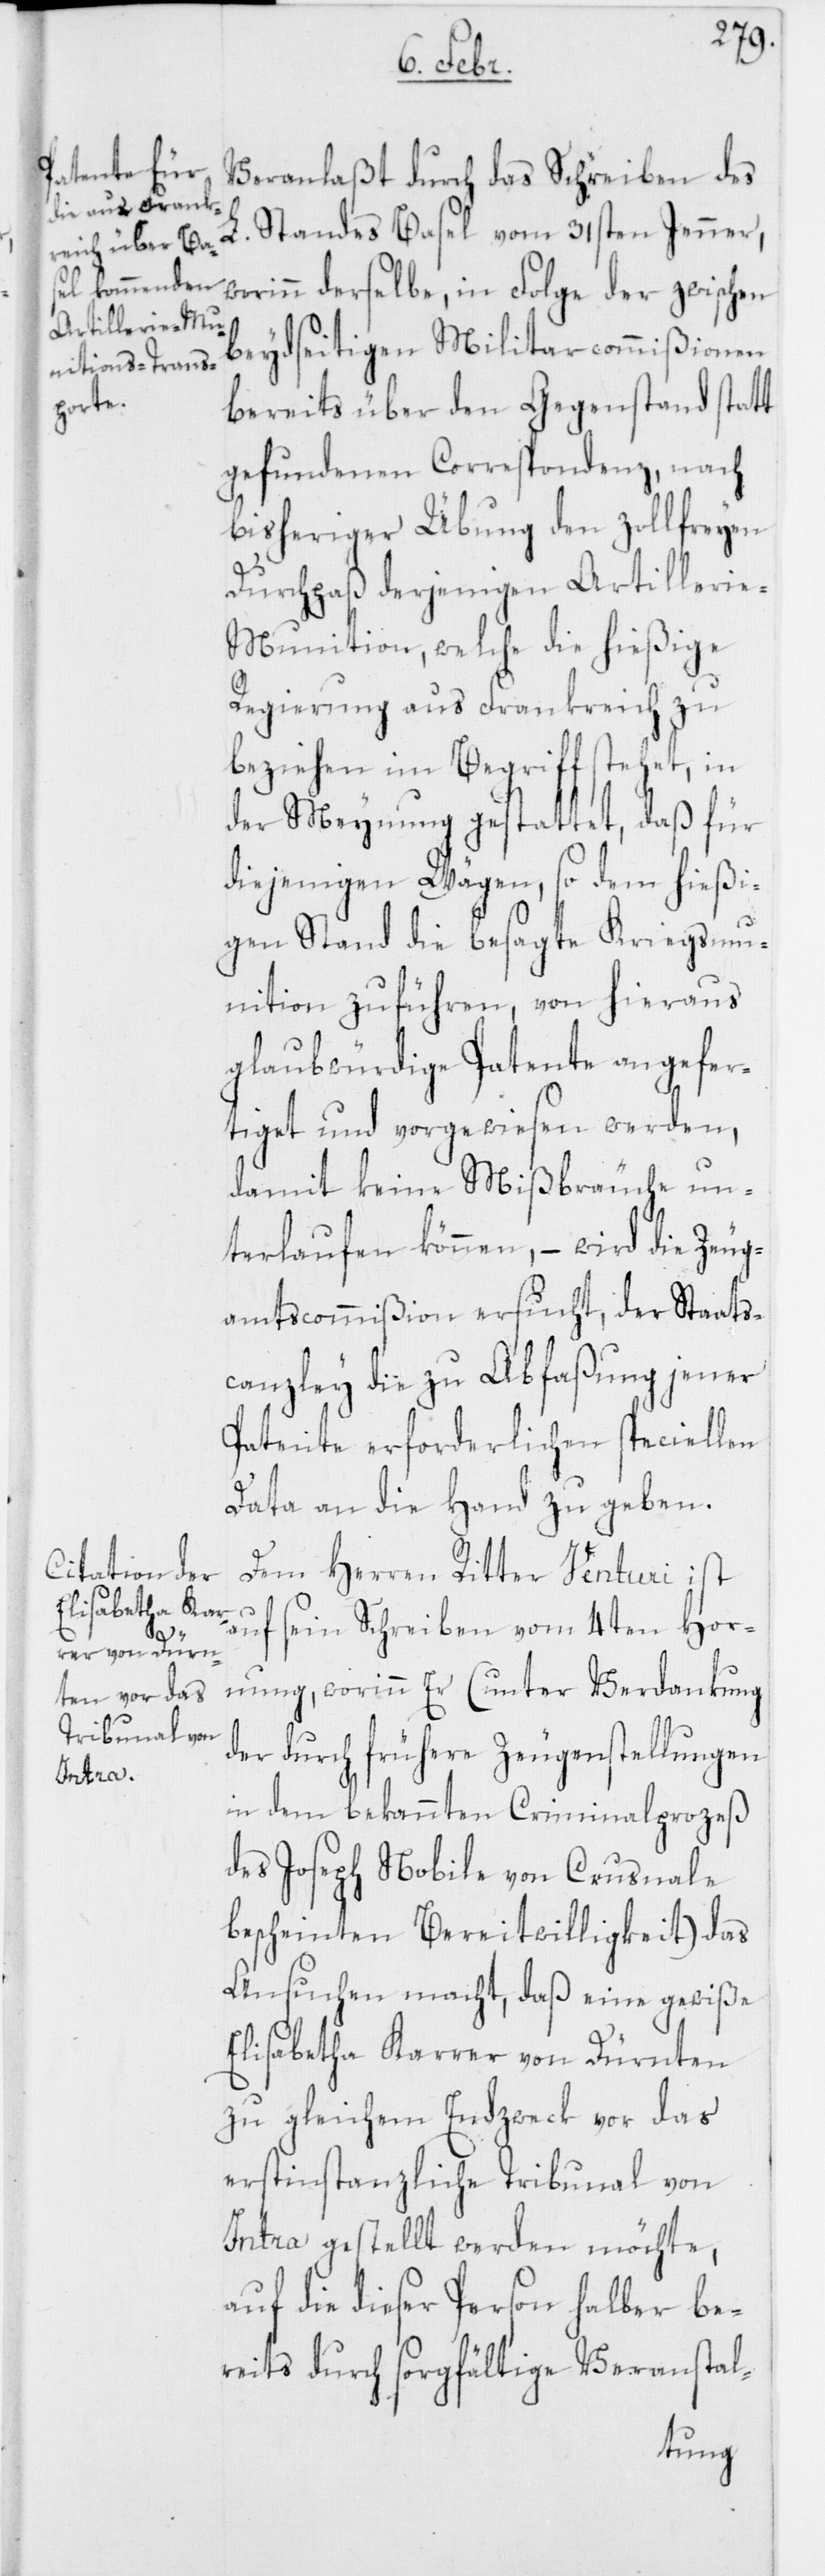
Standes Basel vom 31sten Jenner,
worinn derselbe, in Folge der zwischen
beydseitigen Militarcommißionen
bereits über den Gegenstand statt
gefundenen Correspondenz, nach
bisheriger Übung den zollfreyen
Durchpaß derjenigen Artilleri¬
e-Munition, welche die hießige
Regierung aus Frankreich zu
beziehen im Begriff stehet, in
der Meynung gestattet, daß für
diejenigen Wägen, so dem hießi¬
gen Stand die besagte Kriegsmu¬
nition zuführen, von hieraus
glaubwürdige Patente angefer¬
tiget und vorgewiesen werden,
damit keine Mißbräuche un¬
terlaufen können, – wird die Zeug¬
amtscommißion ersucht, der Staats¬
canzley die zu Abfaßung jener
Patente erforderlichen speciellen
Data an die Hand zu geben.
Dem Herren Ritter Venturi ist
auf sein Schreiben vom 4ten Hor¬
L.
nung, worinn Er (unter Verdankung
der durch frühere Zeugenstellungen
in dem bekannten Criminalprozeß
des Joseph Nobile von Crusnale
bescheinten Bereitwilligkeit) das
Ansuchen macht, daß eine gewiße
Elisabetha Karrer von Dürnten
zu gleichem Endzweck vor das
erstinstanzliche Tribunal von
Intra gestellt werden möchte,
auf die dieser Person halber be¬
reits durch sorgfältige Veranstal-